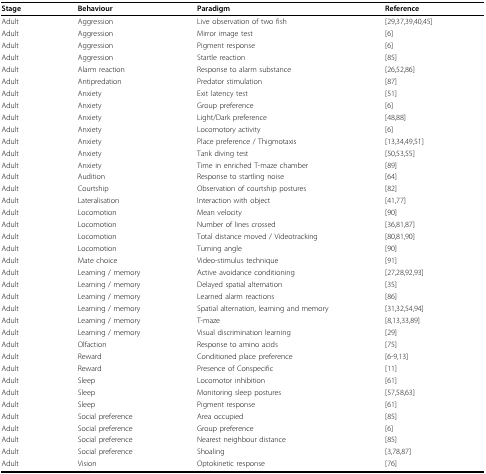
<table><thead><tr><td><b>Stage</b></td><td><b>Behaviour</b></td><td><b>Paradigm</b></td><td><b>Reference</b></td></tr></thead><tbody><tr><td>Adult</td><td>Aggression</td><td>Live observation of two fish</td><td>[29,37,39,40,45]</td></tr><tr><td>Adult</td><td>Aggression</td><td>Mirror image test</td><td>[6]</td></tr><tr><td>Adult</td><td>Aggression</td><td>Pigment response</td><td>[6]</td></tr><tr><td>Adult</td><td>Aggression</td><td>Startle reaction</td><td>[85]</td></tr><tr><td>Adult</td><td>Alarm reaction</td><td>Response to alarm substance</td><td>[26,52,86]</td></tr><tr><td>Adult</td><td>Antipredation</td><td>Predator stimulation</td><td>[87]</td></tr><tr><td>Adult</td><td>Anxiety</td><td>Exit latency test</td><td>[51]</td></tr><tr><td>Adult</td><td>Anxiety</td><td>Group preference</td><td>[6]</td></tr><tr><td>Adult</td><td>Anxiety</td><td>Light/Dark preference</td><td>[48,88]</td></tr><tr><td>Adult</td><td>Anxiety</td><td>Locomotory activity</td><td>[6]</td></tr><tr><td>Adult</td><td>Anxiety</td><td>Place preference / Thigmotaxis</td><td>[13,34,49,51]</td></tr><tr><td>Adult</td><td>Anxiety</td><td>Tank diving test</td><td>[50,53,55]</td></tr><tr><td>Adult</td><td>Anxiety</td><td>Time in enriched T-maze chamber</td><td>[89]</td></tr><tr><td>Adult</td><td>Audition</td><td>Response to startling noise</td><td>[64]</td></tr><tr><td>Adult</td><td>Courtship</td><td>Observation of courtship postures</td><td>[82]</td></tr><tr><td>Adult</td><td>Lateralisation</td><td>Interaction with object</td><td>[41,77]</td></tr><tr><td>Adult</td><td>Locomotion</td><td>Mean velocity</td><td>[90]</td></tr><tr><td>Adult</td><td>Locomotion</td><td>Number of lines crossed</td><td>[36,81,87]</td></tr><tr><td>Adult</td><td>Locomotion</td><td>Total distance moved / Videotracking</td><td>[80,81,90]</td></tr><tr><td>Adult</td><td>Locomotion</td><td>Turning angle</td><td>[90]</td></tr><tr><td>Adult</td><td>Mate choice</td><td>Video-stimulus technique</td><td>[91]</td></tr><tr><td>Adult</td><td>Learning / memory</td><td>Active avoidance conditioning</td><td>[27,28,92,93]</td></tr><tr><td>Adult</td><td>Learning / memory</td><td>Delayed spatial alternation</td><td>[35]</td></tr><tr><td>Adult</td><td>Learning / memory</td><td>Learned alarm reactions</td><td>[86]</td></tr><tr><td>Adult</td><td>Learning / memory</td><td>Spatial alternation, learning and memory</td><td>[31,32,54,94]</td></tr><tr><td>Adult</td><td>Learning / memory</td><td>T-maze</td><td>[8,13,33,89]</td></tr><tr><td>Adult</td><td>Learning / memory</td><td>Visual discrimination learning</td><td>[29]</td></tr><tr><td>Adult</td><td>Olfaction</td><td>Response to amino acids</td><td>[75]</td></tr><tr><td>Adult</td><td>Reward</td><td>Conditioned place preference</td><td>[6-9,13]</td></tr><tr><td>Adult</td><td>Reward</td><td>Presence of Conspecific</td><td>[11]</td></tr><tr><td>Adult</td><td>Sleep</td><td>Locomotor inhibition</td><td>[61]</td></tr><tr><td>Adult</td><td>Sleep</td><td>Monitoring sleep postures</td><td>[57,58,63]</td></tr><tr><td>Adult</td><td>Sleep</td><td>Pigment response</td><td>[61]</td></tr><tr><td>Adult</td><td>Social preference</td><td>Area occupied</td><td>[85]</td></tr><tr><td>Adult</td><td>Social preference</td><td>Group preference</td><td>[6]</td></tr><tr><td>Adult</td><td>Social preference</td><td>Nearest neighbour distance</td><td>[85]</td></tr><tr><td>Adult</td><td>Social preference</td><td>Shoaling</td><td>[3,78,87]</td></tr><tr><td>Adult</td><td>Vision</td><td>Optokinetic response</td><td>[76]</td></tr></tbody></table>